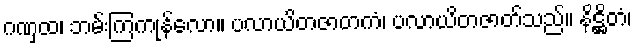
ဂဏှထ၊ ဘမ်းကြကုန်လော။ ပလာယိတဇာတကံ၊ ပလာယိတဇာတ်သည်။ နိဋ္ဌိတံ၊